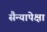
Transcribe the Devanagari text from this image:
सैन्यापेक्षा